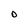
Character: D